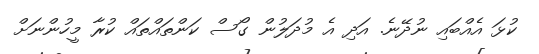
ކުޅަ އެއްބައި ނުދޭނެ. އަދި އެ މުދަލުން ގޯސް ކަންތައްތައް ކުރާ މީހުންނަށް